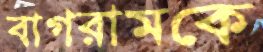
বাগরামকে